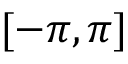
[ - \pi , \pi ]